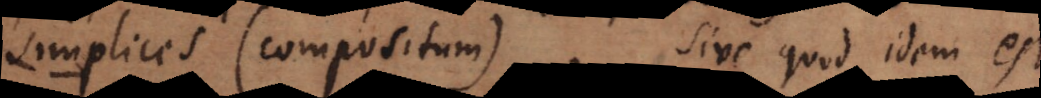
simplices (compositum). Sive quod idem est